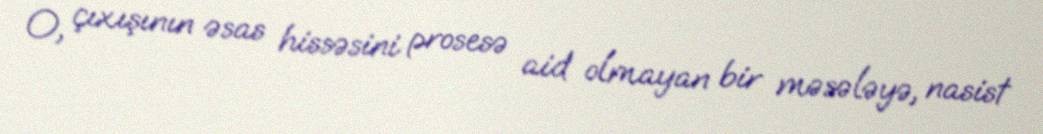
O, çıxışının əsas hissəsini prosesə aid olmayan bir məsələyə, nasist